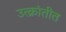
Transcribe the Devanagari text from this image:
उत्क्रांतीत